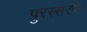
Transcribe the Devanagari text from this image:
पुरस्सरण।